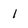
Character: 1